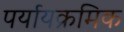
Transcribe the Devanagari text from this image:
पर्यायक्रमिक